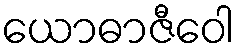
ယောဓာဇီဝေါ